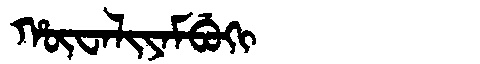
Manchu: ᡥᡡᠸᠠᠯᡳᠶᠠᠮᠪᡠᡴᡳ
Romanization: HŪWALIYAMBUKI